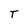
Character: T